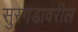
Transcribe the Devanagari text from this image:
सुरगडावरील